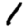
Digit: 1